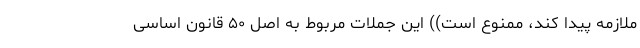
ملازمه پیدا کند، ممنوع است)) این جملات مربوط به اصل ۵۰ قانون اساسی